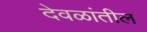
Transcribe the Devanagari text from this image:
देवळांतील